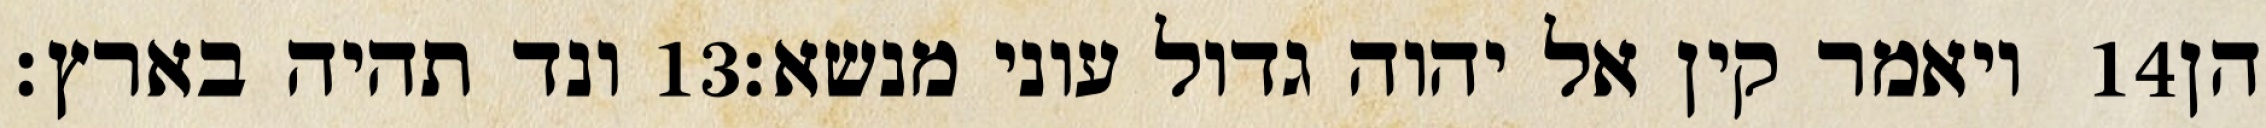
ונד תהיה בארץ׃ ‎13‏ ויאמר קין אל יהוה גדול עוני מנשא׃ ‎14‏ הן